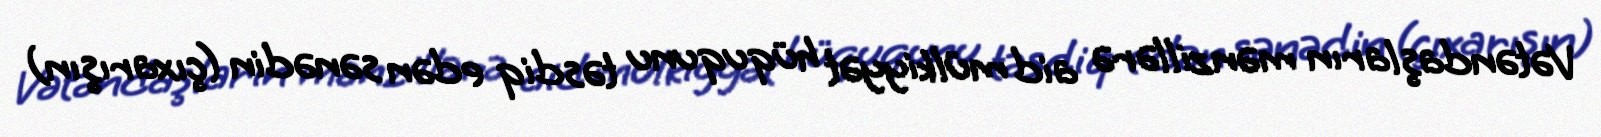
Vətəndaşların mənzillərə aid mülkiyyət hüququnu təsdiq edən sənədin (çıxarışın)